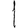
Digit: 1